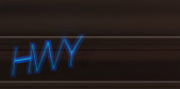
HWY